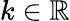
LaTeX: k\in\mathbb{R}